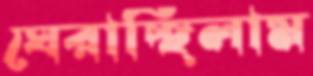
ঘেরাচ্ছিলাম